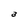
Character: a